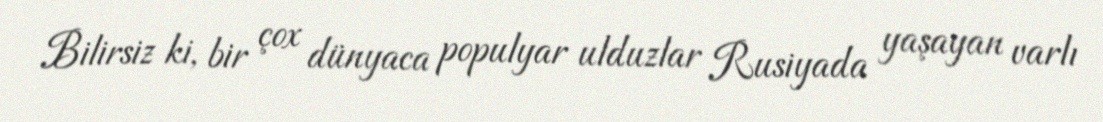
Bilirsiz ki, bir çox dünyaca populyar ulduzlar Rusiyada yaşayan varlı